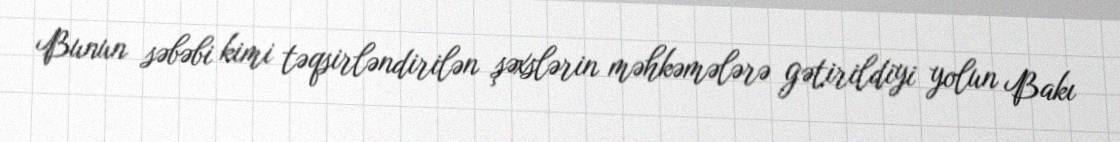
Bunun səbəbi kimi təqsirləndirilən şəxslərin məhkəmələrə gətirildiyi yolun Bakı